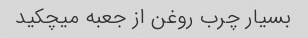
بسیار چرب روغن از جعبه میچکید